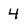
Character: 4